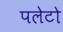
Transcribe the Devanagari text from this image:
पलेटो